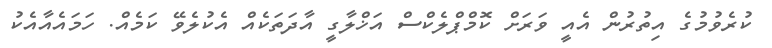
ކުރެވުމުގެ އިތުރުން އެއީ ވަރަށް ކޮމްޕްލެކްސް އަޚްލާގީ އާދަތަކެއް އެކުލެވޭ ކަމެއް. ހަމައެއާއެކު